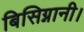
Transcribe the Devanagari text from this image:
बिसिग्नानी।